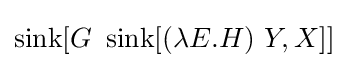
\operatorname {sink} [G\ \operatorname {sink} [(\lambda E.H)\ Y,X]]